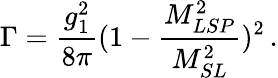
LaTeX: \Gamma=\frac{g_{1}^{2}}{8\pi}(1-\frac{M_{LSP}^{2}}{M_{SL}^{2}})^{2}\, .